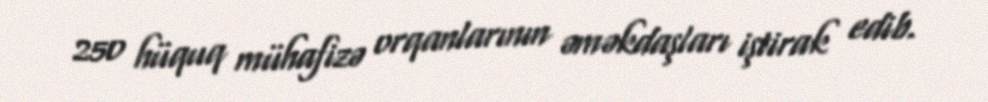
250 hüquq mühafizə orqanlarının əməkdaşları iştirak edib.